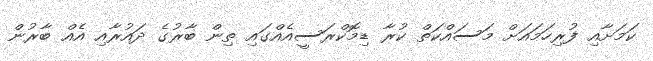
ކަމަށާއި ފުރިހަމައަށް މަސައްކަތް ކުރާ ޑިމޮކްރަސީއެއްގައި ތިން ބާރުގެ ދައުރާއި އެއް ބާރުން